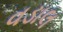
વડાલ